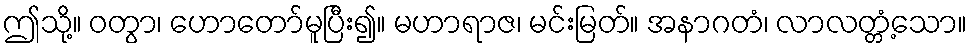
ဤသို့။ ဝတွာ၊ ဟောတော်မူပြီး၍။ မဟာရာဇ၊ မင်းမြတ်။ အနာဂတံ၊ လာလတ္တံ့သော။